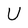
Character: U